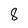
Character: 8